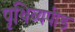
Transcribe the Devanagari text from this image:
पृथिव्यपीड